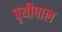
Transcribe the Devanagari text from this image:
पृथीपाल